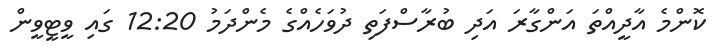
ކޮންމެ އާދީއްތަ އަންގާރަ އަދި ބުރާސްފަތި ދުވަހެއްގެ މެންދަމު 12:20 ގައި ވީޓީވީން